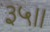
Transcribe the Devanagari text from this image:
३५॥